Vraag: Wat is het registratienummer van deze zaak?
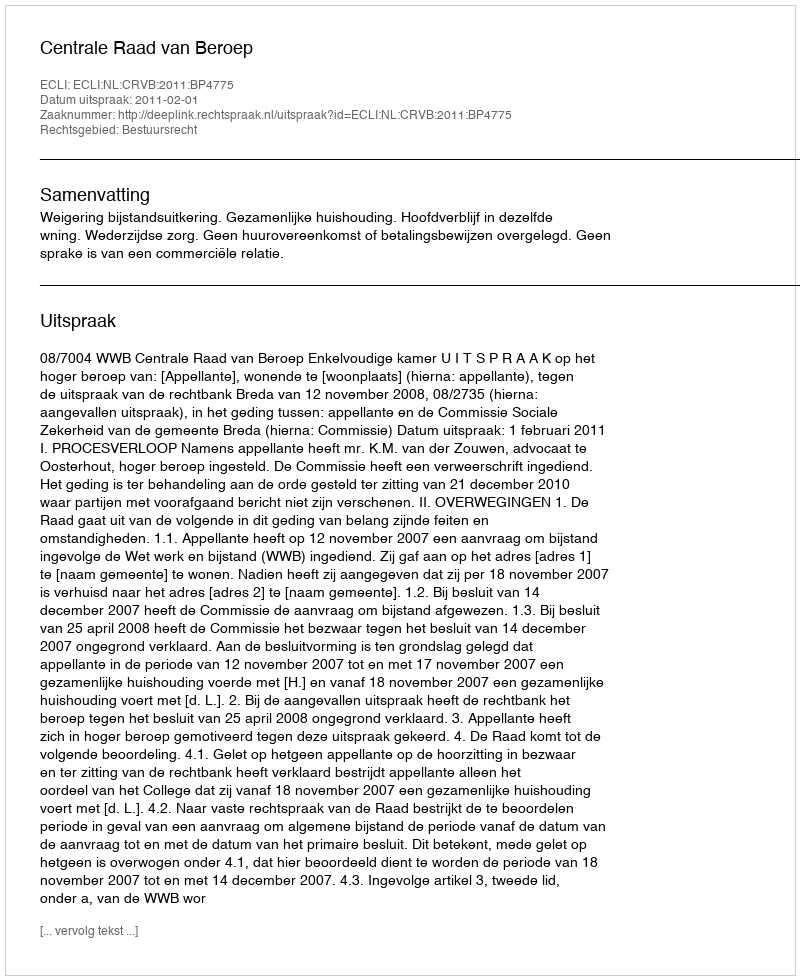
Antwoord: http://deeplink.rechtspraak.nl/uitspraak?id=ECLI:NL:CRVB:2011:BP4775